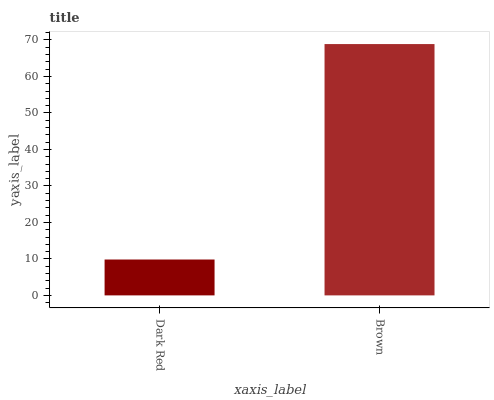
| xaxis_label | bars |
 | --- | --- |
 | Dark Red | 9.83 |
 | Brown | 68.9 |